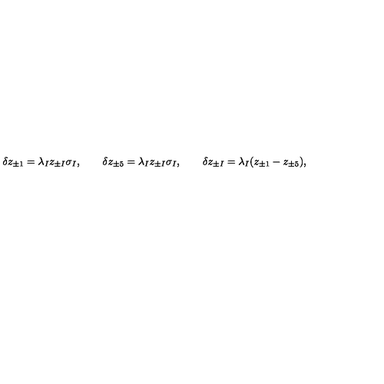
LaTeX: \delta z _ { \pm 1 } = \lambda _ { I } z _ { \pm I } \sigma _ { I } , \qquad \delta z _ { \pm 5 } = \lambda _ { I } z _ { \pm I } \sigma _ { I } , \qquad \delta z _ { \pm I } = \lambda _ { I } ( z _ { \pm 1 } - z _ { \pm 5 } ) ,